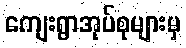
ကျေးရွာအုပ်စုများမှ